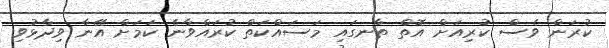
ކުރަން ވެސް ކުރިއަށް އޮތް ތާނގައި މަސައްކަތް ކުރައްވާނެ ކަމަށް އޭނާ ވިދާޅުވި